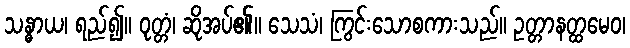
သန္ဓာယ၊ ရည်၍။ ဝုတ္တံ၊ ဆိုအပ်၏။ သေသံ၊ ကြွင်းသောစကားသည်။ ဥတ္တာနတ္ထမေဝ၊